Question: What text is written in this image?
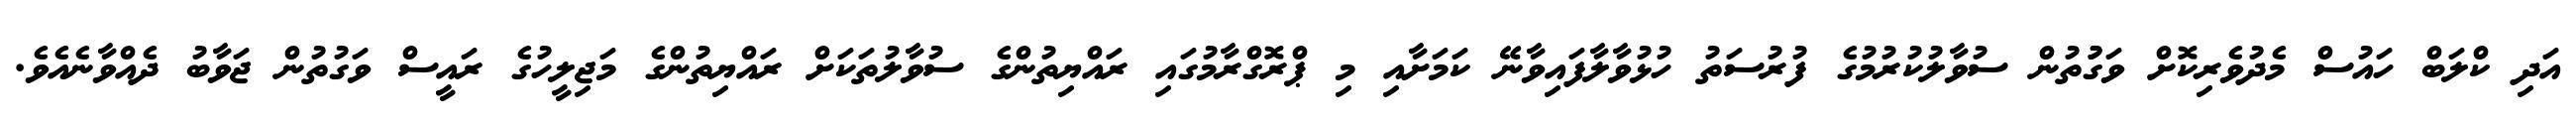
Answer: އަދި ކްލަބް ހައުސް މެދުވެރިކޮށް ވަގުުތުން ސުވާލުކުރުމުގެ ފުރުސަތު ހުޅުވާލާފައިވާނޭ ކަމަށާއި މި ޕްރޮގްރާމުގައި ރައްޔިތުންގެ ސުވާލުތަކަށް ރައްޔިތުންގެ މަޖިލީހުގެ ރައީސް ވަގުތުން ޖަވާބު ދެއްވާނެއެވެ.